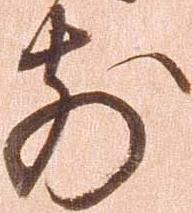
前